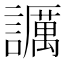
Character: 𧭡